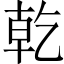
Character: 乾